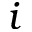
i